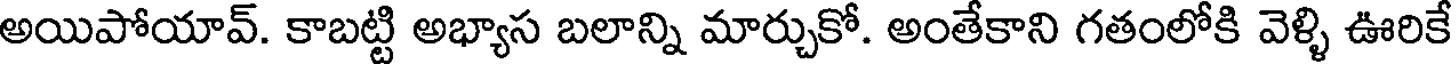
అయిపోయావ్. కాబట్టి అభ్యాస బలాన్ని మార్చుకో. అంతేకాని గతంలోకి వెళ్ళి ఊరికే